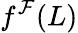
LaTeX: f^{\mathcal{F}}(L)